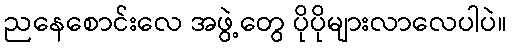
ညနေစောင်းလေ အဖွဲ့တွေ ပိုပိုများလာလေပါပဲ။